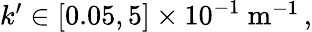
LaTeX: \begin{array}{r}{k^{\prime}\in[0.05,5]\times 10^{-1}\mathrm{\ m}^{-1}\, ,}\end{array}